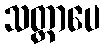
သတ္တာပေ